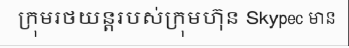
ក្រុមរថយន្តរបស់ក្រុមហ៊ុន Skypec មាន